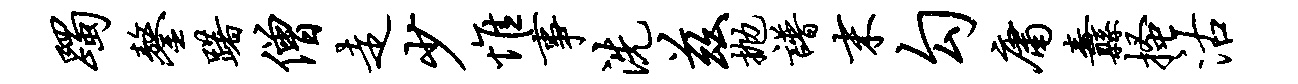
躅鏊躇僧走少惟事洗兹抛谱末勾庸纛搔沽